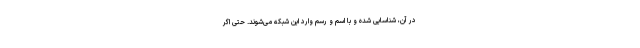
در آن، شناسایی شده و با اسم و رسم‌ وارد این شبکه می‌شوند. حتی اگر